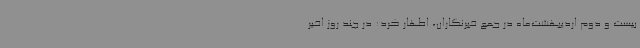
بیست و دوم اردیبهشت‌ماه در جمع خبرنگاران، اظهار کرد: در چند روز اخیر